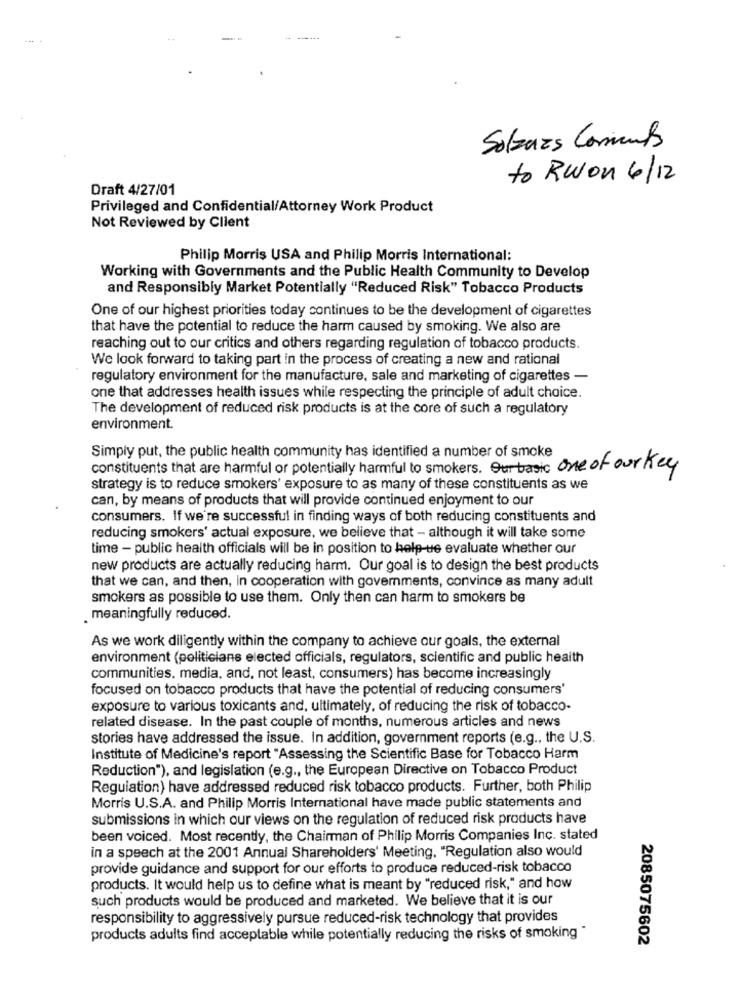
Solzaas Coments
to Rwon 6/12
Draft 4/27/01
Privileged and Confidential/Attorney Work Product
Not Reviewed by Client
Philip Morris USA and Philip Morris International:
Working with Governments and the Public Health Community to Develop
and Responsibly Market Potentially "Reduced Risk" Tobacco Products
One of our highest priorities today continues to be the development of cigarettes
that have the potential to reduce the harm caused by smoking. We also are
reaching out to our critics and others regarding regulation of tobacco products.
We look forward to taking part in the process of creating a new and rational
regulatory environment for the manufacture, sale and marketing of cigarettes -
one that addresses health issues while respecting the principle of adult choice.
The development of reduced risk products is at the core of such a regulatory
environment.
Simply put, the public health community has identified a number of smoke
constituents that are harmful or potentially harmful to smokers. Our basic one of our key
strategy is to reduce smokers' exposure to as many of these constituents as we
can, by means of products that will provide continued enjoyment to our
consumers. If we're successful in finding ways of both reducing constituents and
reducing smokers' actual exposure, we believe that - although it will take some
time - public health officials will be in position to help-ue evaluate whether our
new products are actually reducing harm. Our goal is to design the best products
that we can, and then, in cooperation with governments, convince as many adult
smokers as possible to use them. Only then can harm to smokers be
. meaningfully reduced.
As we work diligently within the company to achieve our goals, the external
environment (politicians elected officials, regulators, scientific and public health
communities, media, and, not least, consumers) has become increasingly
focused on tobacco products that have the potential of reducing consumers'
exposure to various toxicants and, ultimately, of reducing the risk of tobacco-
related disease. In the past couple of months, numerous articles and news
stories have addressed the issue. In addition, government reports (e.g ., the U.S.
Institute of Medicine's report "Assessing the Scientific Base for Tobacco Harm
Reduction"), and legislation (e.g ., the European Directive on Tobacco Product
Regulation) have addressed reduced risk tobacco products. Further, both Philip
Morris U.S.A. and Philip Morris International have made public statements and
submissions in which our views on the regulation of reduced risk products have
been voiced. Most recently, the Chairman of Philip Morris Companies Inc. stated
in a speech at the 2001 Annual Shareholders' Meeting, "Regulation also would
provide guidance and support for our efforts to produce reduced-risk tobacco
products. It would help us to define what is meant by "reduced risk," and how
such products would be produced and marketed. We believe that it is our
responsibility to aggressively pursue reduced-risk technology that provides
products adults find acceptable while potentially reducing the risks of smoking "
2085075602